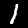
Label: 1